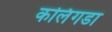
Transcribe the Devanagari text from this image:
कलिंगडा